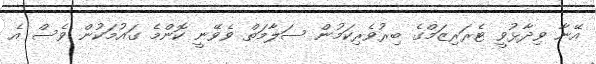
އޭނާ ވިދާޅުވީ ޓެރަރިޒަމްގެ ބިރުވެރިކަމުން ސަލާމަތް ވެވޭނީ ކޮންމެ ގައުމަކުން ވެސް އެ